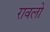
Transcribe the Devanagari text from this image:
रावलो